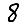
Digit: 8